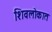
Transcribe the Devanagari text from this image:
शिवलोकात